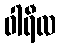
ဝါရီလ